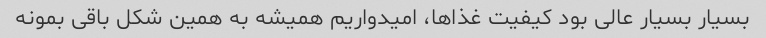
بسیار بسیار عالی بود کیفیت غذاها، امیدواریم همیشه به همین شکل باقی بمونه